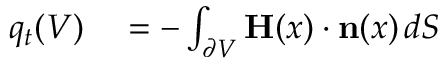
\begin{array} { r l } { q _ { t } ( V ) } & { { } = - \int _ { \partial V } \mathbf { H } ( x ) \cdot \mathbf { n } ( x ) \, d S } \end{array}